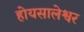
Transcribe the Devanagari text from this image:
होयसालेश्वर